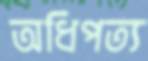
অধিপত্য